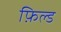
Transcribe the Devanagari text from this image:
फ़िल्ड